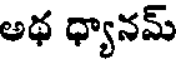
అథ ధ్యానమ్